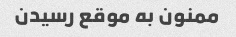
ممنون به موقع رسیدن